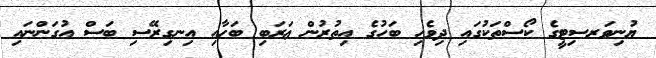
ޔުނިވަރސިޓީގެ ކޯސްތަކުގައި ދިވެހި ބަހުގެ އިތުރުން ޢަރަބި ބަހާއި އިނގިރޭސި ބަސް އުގަންނައި